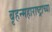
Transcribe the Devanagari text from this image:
बृहन्महाराष्ट्राच्या